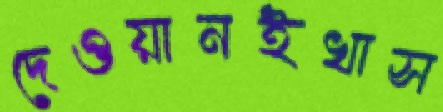
দেওয়ানইখাস